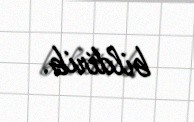
bildirib.